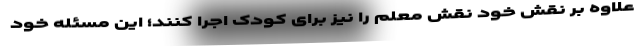
علاوه بر نقش خود نقش معلم را نیز برای کودک اجرا کنند؛ این مسئله خود